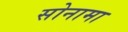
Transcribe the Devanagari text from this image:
सोनामा